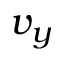
v _ { y }